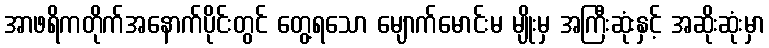
အာဖရိကတိုက်အနောက်ပိုင်းတွင် တွေ့ရသော မျောက်မောင်းမ မျိုးမှ အကြီးဆုံးနှင့် အဆိုးဆုံးမှာ